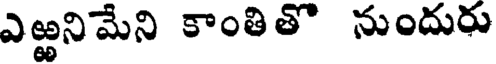
ఎఱ్ఱనిమేని కాంతితొ నుందురు